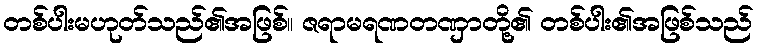
တစ်ပါးမဟုတ်သည်၏အဖြစ်။ ဇရာမရဏတဏှာတို့၏ တစ်ပါး၏အဖြစ်သည်